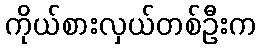
ကိုယ်စားလှယ်တစ်ဦးက